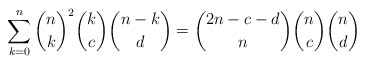
\begin{align*} \sum_{k=0}^n \binom{n}{k}^2 \binom{k}{c}\binom{n-k}{d} = \binom{2n-c-d}{n}\binom{n}{c}\binom{n}{d}\end{align*}